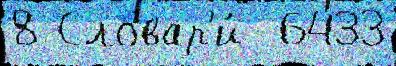
8 Словар'и́  6433